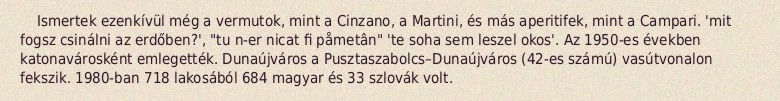
Ismertek ezenkívül még a vermutok, mint a Cinzano, a Martini, és más aperitifek, mint a Campari. 'mit fogsz csinálni az erdőben?', "tu n-er nicat fi påmetân" 'te soha sem leszel okos'. Az 1950-es években katonavárosként emlegették. Dunaújváros a Pusztaszabolcs–Dunaújváros (42-es számú) vasútvonalon fekszik. 1980-ban 718 lakosából 684 magyar és 33 szlovák volt.